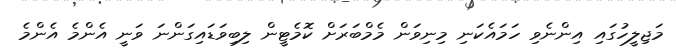
މަޖިލީހުގައި އިންނެވި ހަމައެކަނި މިނިވަން މެމްބަރަށް ކޮމެޓީން ލިބިވަޑައިގަންނަ ވަނީ އެންމެ އެންމެ